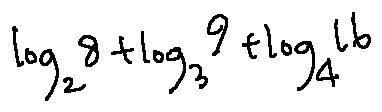
\log _ { 2 } 8 + \log _ { 3 } 9 + \log _ { 4 } 1 6